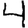
Digit: 4